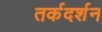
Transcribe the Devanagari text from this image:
तर्कदर्शन